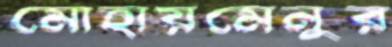
মোহায়মেনুর